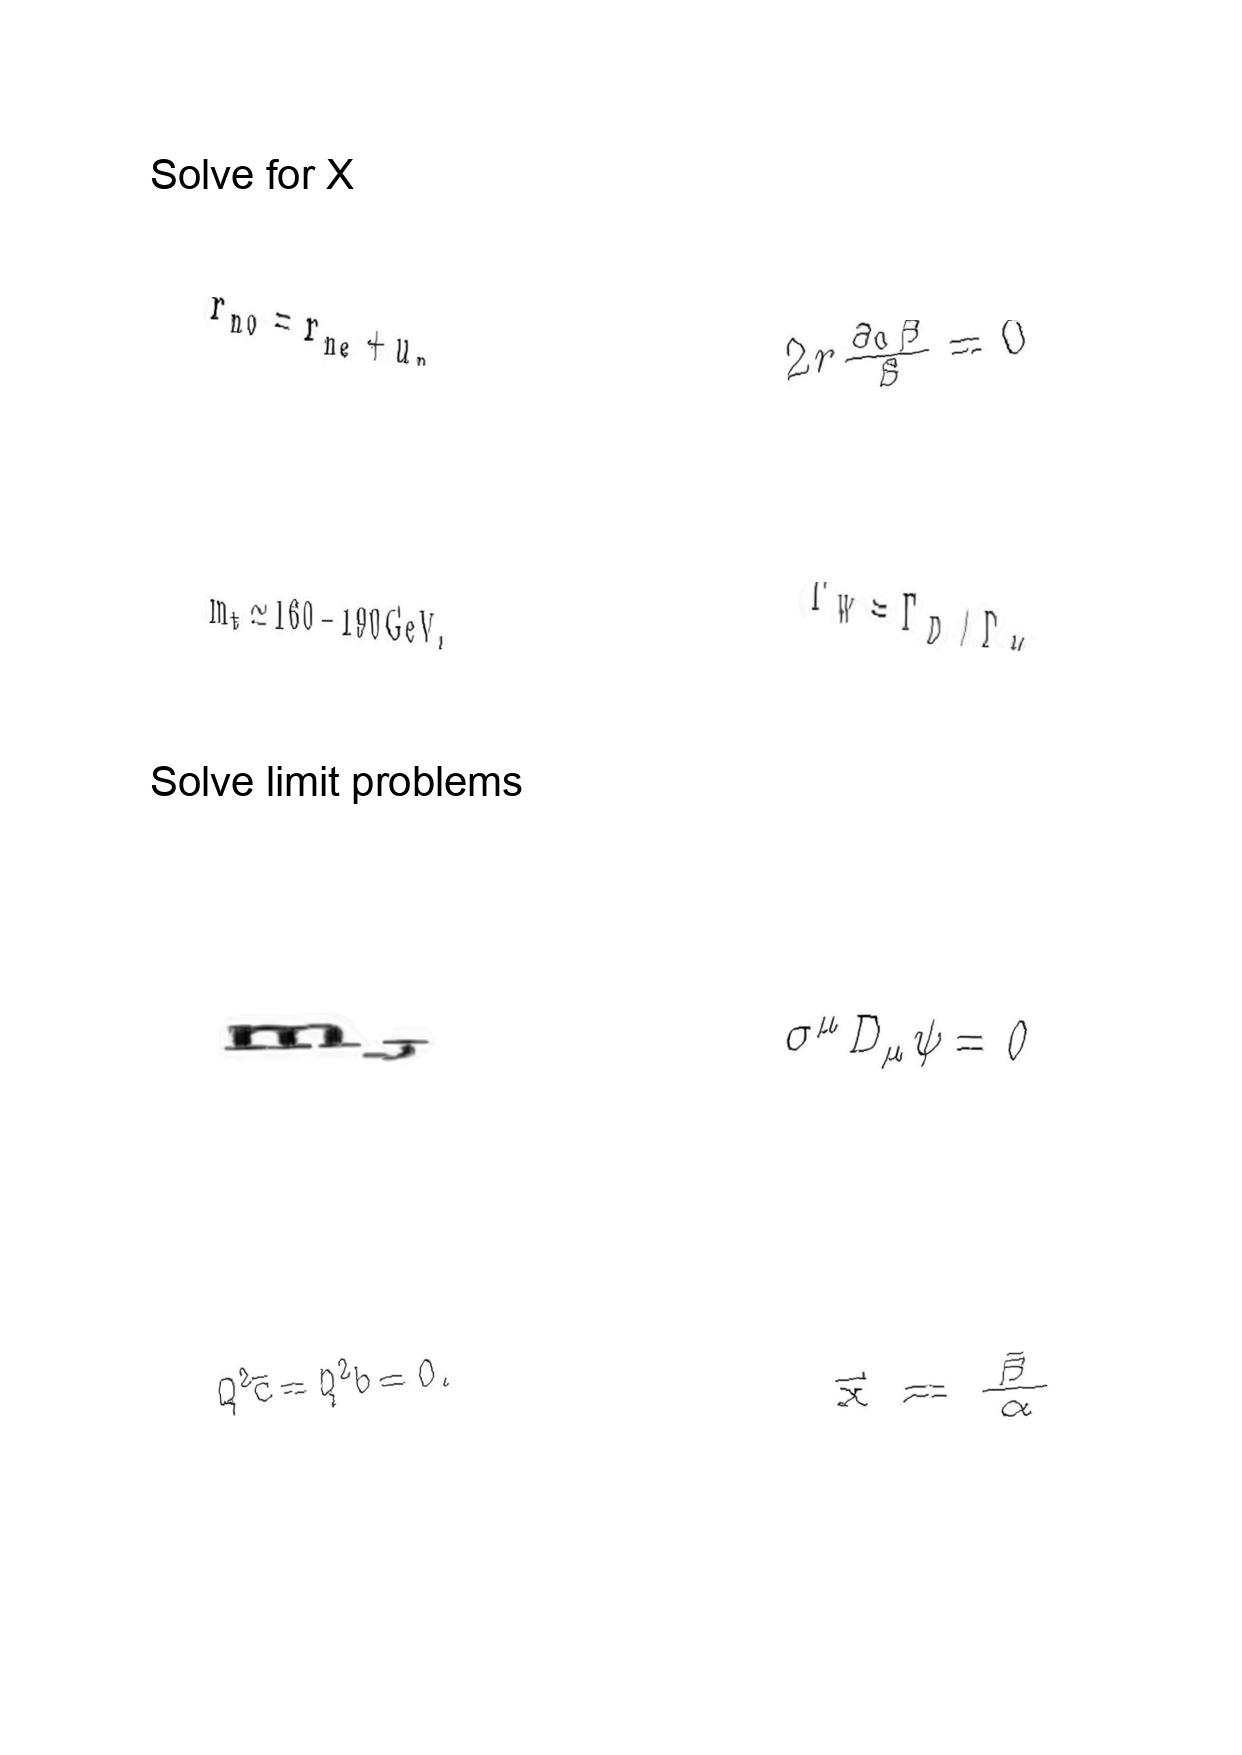
LaTeX transcription:
r _ { n 0 } = r _ { n e } + u _ { n } ,
m _ { t } \simeq 1 6 0 - 1 9 0 \mathrm { G e V } ,
m _ { _ { J } }
Q ^ { 2 } \overline { c } = Q ^ { 2 } b = 0 .
2 r \frac { \partial _ { 0 } \beta } { \beta } = 0
\Gamma _ { W } = \Gamma _ { D } / \Gamma _ { M }
\sigma ^ { \mu } D _ { \mu } \psi = 0
\vec { x } = \frac { \vec { \beta } } { \alpha }